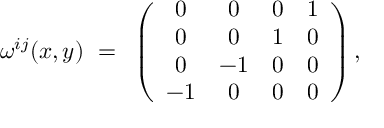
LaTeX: \omega ^ { i j } ( x , y ) ~ = ~ \left( \begin{array} { c c c c } { { 0 } } & { { 0 } } & { { 0 } } & { { 1 } } \\ { { 0 } } & { { 0 } } & { { 1 } } & { { 0 } } \\ { { 0 } } & { { - 1 } } & { { 0 } } & { { 0 } } \\ { { - 1 } } & { { 0 } } & { { 0 } } & { { 0 } } \end{array} \right) ,